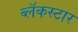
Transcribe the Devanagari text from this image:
ब्लॅकस्टार